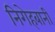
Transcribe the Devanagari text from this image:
निगेहबानी